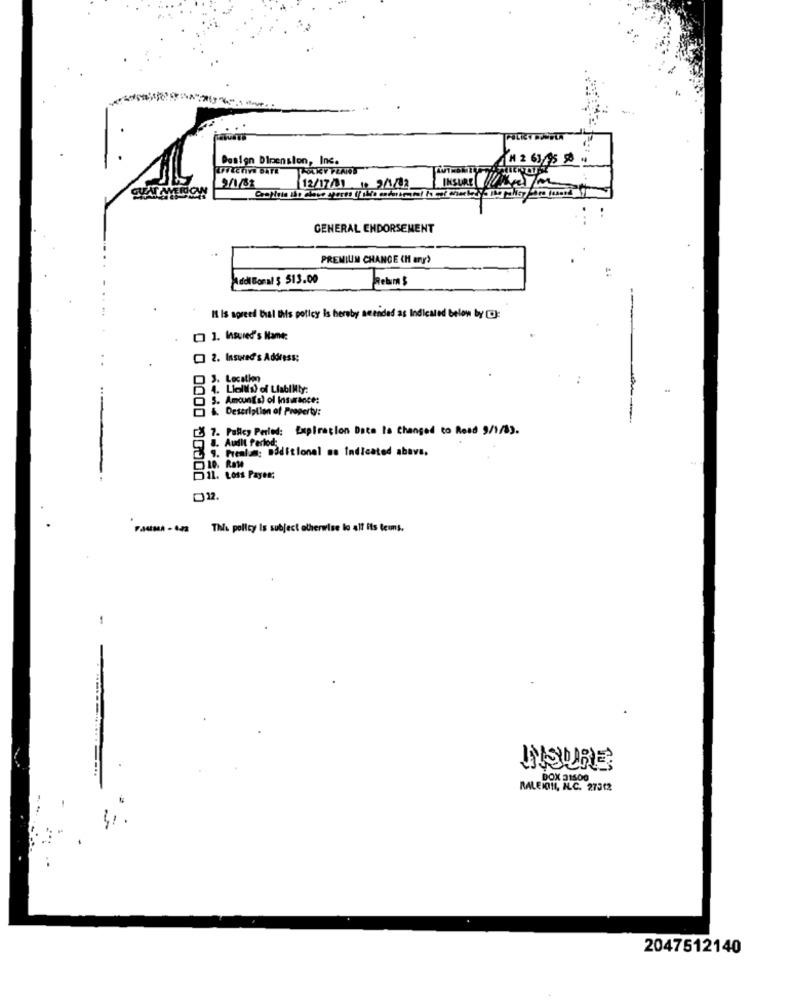
Design Dimension, Inc.
M 2 63/495 98
9/1/32
12/17/1 10 2/1/22
GENERAL ENDORSEMENT
PREMIUM CHANCE CH ar'>
Addi Tonal $ 513.00
Rebum $
It Is agreed that this policy is hereby see
ided as Indicated below by :
[ 1. Insured's Name:
2. Insured's Address:
3. Location
4. Liolils) of Liability:
6. Description of Property:
7. Pulley Perled: Expiration Date Is Changed to Read 9/1/83.
. Audit Perlod
Prealan: Boditional as Indicated above.
ROM
D11. Loss Payer;
022.
F.satssa - cza This policy Is subject otherwise lo all its teams.
-
INSURE
DOX 21600
RALEIÇTI, IL.C. 27312
2047512140